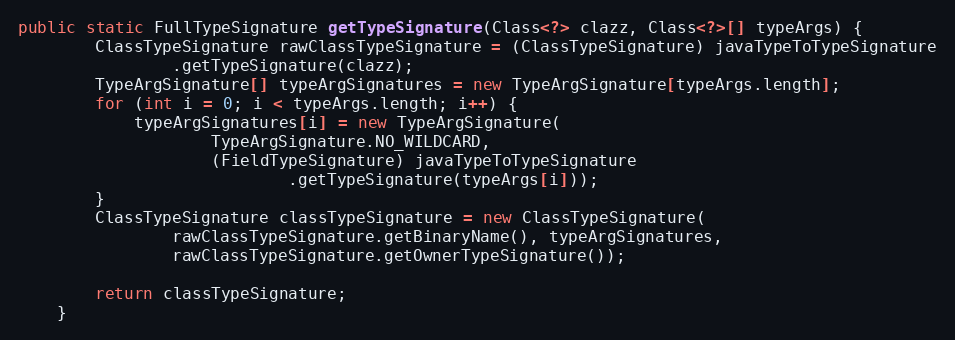
Language: Java
public static FullTypeSignature getTypeSignature(Class<?> clazz, Class<?>[] typeArgs) {
		ClassTypeSignature rawClassTypeSignature = (ClassTypeSignature) javaTypeToTypeSignature
				.getTypeSignature(clazz);
		TypeArgSignature[] typeArgSignatures = new TypeArgSignature[typeArgs.length];
		for (int i = 0; i < typeArgs.length; i++) {
			typeArgSignatures[i] = new TypeArgSignature(
					TypeArgSignature.NO_WILDCARD,
					(FieldTypeSignature) javaTypeToTypeSignature
							.getTypeSignature(typeArgs[i]));
		}
		ClassTypeSignature classTypeSignature = new ClassTypeSignature(
				rawClassTypeSignature.getBinaryName(), typeArgSignatures,
				rawClassTypeSignature.getOwnerTypeSignature());

		return classTypeSignature;
	}